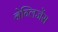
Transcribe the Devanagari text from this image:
नेग्लिजेंस